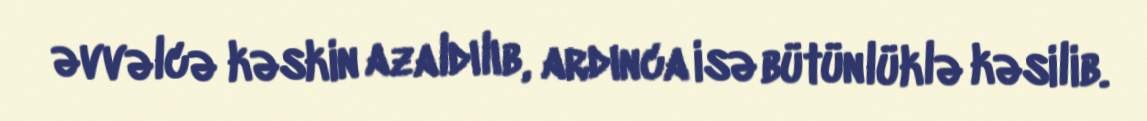
əvvəlcə kəskin azaldılıb, ardınca isə bütünlüklə kəsilib.